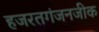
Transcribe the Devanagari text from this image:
हजरतगंजनजीक